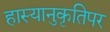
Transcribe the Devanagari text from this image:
हास्यानुकृतिपर